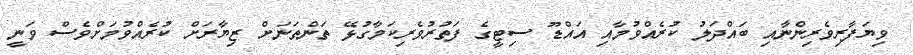
ވިޔަފާރިވެރިންނާއި ބައްދަލު ކުރެއްވުމާއި އައްޑޫ ސިޓީގެ ފަތުރުވެރިކަމާގުޅޭ ތަންތަނަށް ޒިޔާރަށް ކުރެއްވުމަށްވެސް ވަނީ